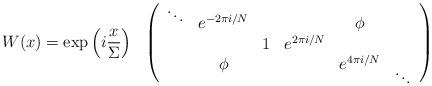
LaTeX: \begin{align*}W(x) = \exp\left(i \frac{x}{\Sigma}\right)\ \ \left(\begin{array}{cccccc}\mbox{}^{\ddots} & e^{-2\pi i/N} & & & \phi\\ & & 1 & e^{2\pi i/N} & & \\& \phi & & & e^{4\pi i/N} & \mbox{}_{\ddots}\end{array}\right)\end{align*}